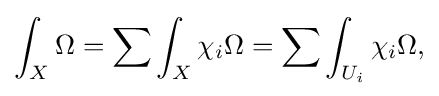
\displaystyle {\int _{X}\Omega =\sum \int _{X}\chi _{i}\Omega =\sum \int _{U_{i}}\chi _{i}\Omega ,}